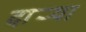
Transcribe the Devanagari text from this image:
दार्‍या